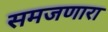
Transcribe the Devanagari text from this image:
समजणारा